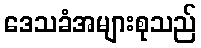
ဒေသခံအများစုသည်